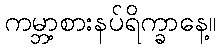
ကမ္ဘာ့စားနပ်ရိက္ခာနေ့။